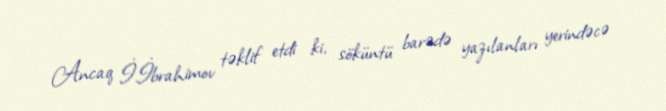
Ancaq İ.İbrahimov təklif etdi ki, söküntü barədə yazılanları yerindəcə